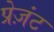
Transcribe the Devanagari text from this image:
प्रेज़ंट